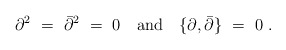
\begin{align*}\partial^2 \ = \ \bar{\partial}^2 \ = \ 0 \quad {\rm and} \quad \{ \partial, \bar{\partial}\} \ = \ 0 \ .\end{align*}